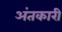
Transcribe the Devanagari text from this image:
अंतकारी